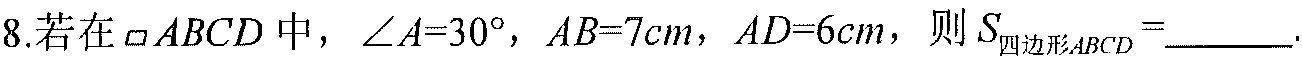
8.若在 \(\square ABCD\) 中，\(\angle A = 30^{\circ}\)，\(AB = 7cm\)，\(AD = 6cm\)，则 \(S_{四边形ABCD}=\underline{\ \ \ \ \ \ \ \ }\).